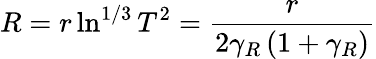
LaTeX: R=r\ln^{1/3}T^{2}=\frac{r}{2\gamma_{R}\left(1+\gamma_{R}\right)}